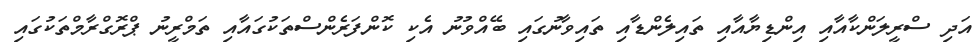
އަދި ސްރީލަންކާއާއި އިންޑިޔާއާއި ތައިލެންޑާއި ތައިވާނުގައި ބޭއްވުނު އެކި ކޮންފަރެންސްތަކުގައާއި ތަމްރީނު ޕްރޮގްރާމްތަކުގައި